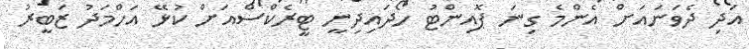
އަދި ދެވަނައަށް އެންމެ ގިނަ ޕޮއިންޓު ހޯދައިދިނީ ޓީރެކްސްއަށް ކުޅޭ އަހްމަދު ޒަބީރު